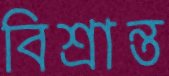
বিশ্রান্ত